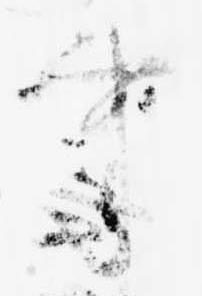
事